Annual administration report of the Civil Veterinary Department of India - 1898-1899
Year: 1898
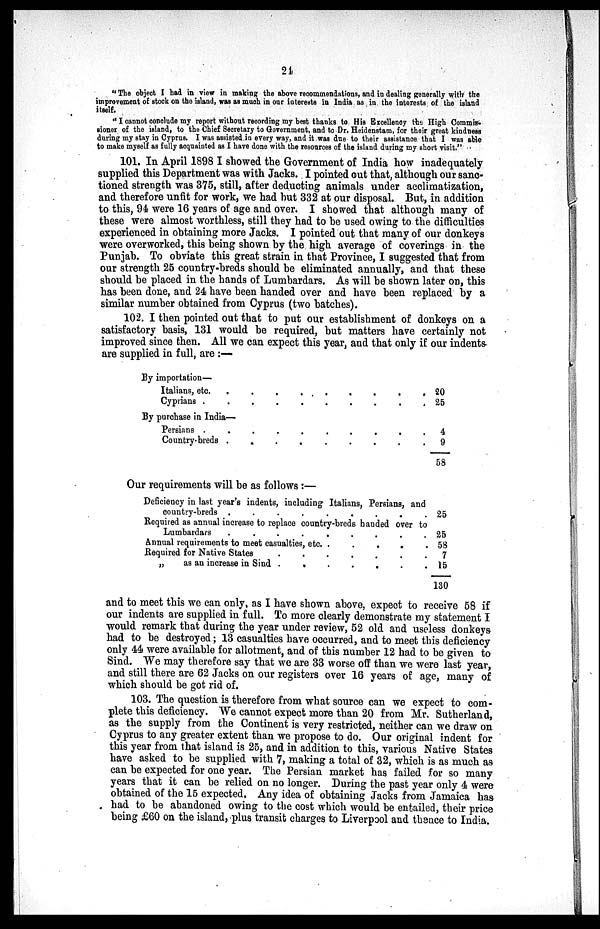
24
"The object I had in view in making the above recommendations, and in dealing generally with the
improvement of stock on the island, was as much in our interests in India as in the interests of the island
itself.
"I cannot conclude my report without recording my best thanks to His Excellency the High Commis-
sioner of the island, to the Chief Secretary to Government, and to Dr. Heidenstam, for their great kindness
during my stay in Cyprus. I was assisted in every way, and it was due to their assistance that I was able
to make myself as fully acquainted as I have done with the resources of the island during my short visit."
101. In April 1898 I showed the Government of India how inadequately
supplied this Department was with Jacks. I pointed out that, although our sanc-
tioned strength was 375, still, after deducting animals under acclimatization,
and therefore unfit for work, we had hut 332 at our disposal. But, in addition
to this, 94 were 16 years of age and over. I showed that although many of
these were almost worthless, still they had to be used owing to the difficulties
experienced in obtaining more Jacks. I pointed out that many of our donkeys
were overworked, this being shown by the high average of coverings in the
Punjab. To obviate this great strain in that Province, I suggested that from
our strength 25 country-breds should be eliminated annually, and that these
should be placed in the hands of Lumbardars. As will be shown later on, this
has been done, and 24 have been handed over and have been replaced by a
similar number obtained from Cyprus (two batches).
102. I then pointed out that to put our establishment of donkeys on a
satisfactory basis, 131 would be required, but matters have certainly not
improved since then. All we can expect this year, and that only if our indents
are supplied in full, are:—
By importation—
Italians, etc.
.
.
.
.
.
.
.
.
.
Cyprians .
.
.
.
.
.
.
.
.
.
By purchase in India—
Persians .
.
.
.
.
.
.
.
.
.
Country-breds.
.
.
.
.
.
.
.
.
20
25
4
9
58
Our requirements will be as follows:—
Deficiency in last year's indents, including Italians, Persians, and
country-breds .
.
.
.
.
.
.
.
Required as annual increase to replace country-breds banded over to
Lumbardars
.
.
.
.
.
.
.
.
.
Annual requirements to meet casualties,
etc..
....
Required for Native States
.
.
.
.
.
.
„
as an increase in Sind .
.
.
.
.
.
25
25
58
7
15
130
and to meet this we can only, as I have shown above, expect to receive 58 if
our indents are supplied in full. To more clearly demonstrate my statement I
would remark that during the year under review, 52 old and useless donkeys
had to be destroyed; 13 casualties have occurred, and to meet this deficiency
only 44 were available for allotment, and of this number 12 had to be given to
Sind. We may therefore say that we are 33 worse off than we were last year,
and still there are 62 Jacks on our registers over 16 years of age, many of
which should be got rid of.
103. The question is therefore from what source can we expect to com-
plete this deficiency. We cannot expect more than 20 from Mr. Sutherland,
as the supply from the Continent is very restricted, neither can we draw on
Cyprus to any greater extent than we propose to do. Our original indent for
this year from that island is 25, and in addition to this, various Native States
have asked to be supplied with 7, making a total of 32, which is as much as
can be expected for one year. The Persian market has failed for so many
years that it can be relied on no longer. During the past year only 4 were
obtained of the 15 expected. Any idea of obtaining Jacks from Jamaica has
had to be abandoned owing to the cost which would be entailed, their price
being £60 on the island, plus transit charges to Liverpool and thence to India.